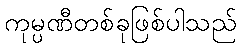
ကုမ္ပဏီတစ်ခုဖြစ်ပါသည်